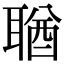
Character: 𦖣